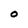
Character: O